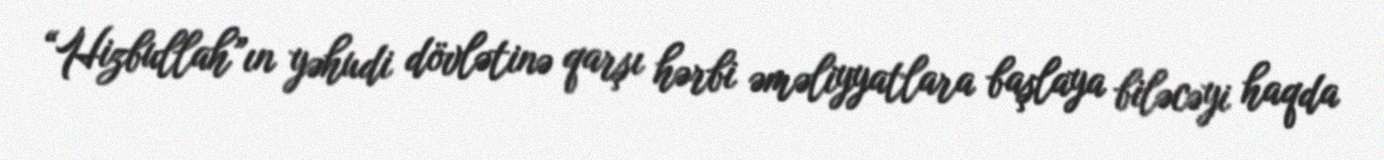
“Hizbullah”ın yəhudi dövlətinə qarşı hərbi əməliyyatlara başlaya biləcəyi haqda